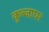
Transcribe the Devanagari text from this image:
कुब्जाघर